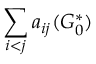
\sum _ { i < j } a _ { i j } ( G _ { 0 } ^ { * } )